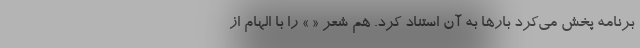
برنامه پخش می‌کرد بارها به آن استناد کرد. هم شعر « » را با الهام از